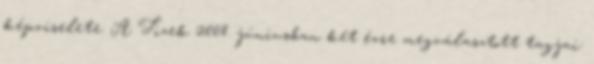
képviselete. A Tizek 2008. júniusban két évre megválasztott tagjai: